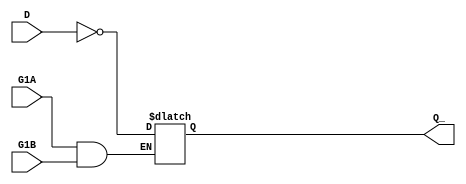
module UDP_LATCH2(Q_, G1A,G1B, D);
output Q_; 
input  G1A, G1B, D;
       reg Q_;
always @ (G1A or G1B or D) begin
       if ((G1A==1) & (G1B==1))    Q_ <= #1 ~D;
end
endmodule